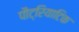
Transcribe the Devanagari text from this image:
पौट्रियाटिक